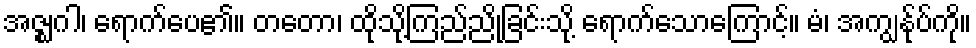
အဇ္ဈဂါ၊ ရောက်ပေ၏။ တတော၊ ထိုသို့ကြည်ညိုခြင်းသို့ ရောက်သောကြောင့်။ မံ၊ အကျွန်ုပ်ကို။